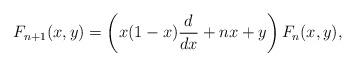
LaTeX: \begin{align*}F_{n+1}(x,y) = \left(x(1-x) \frac{d}{dx} + nx + y \right) F_n(x,y),\end{align*}